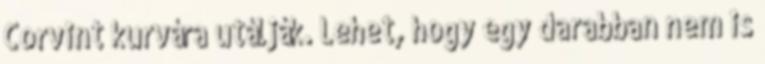
Corvint kurvára utálják. Lehet, hogy egy darabban nem is